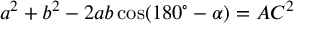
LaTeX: a ^ { 2 } + b ^ { 2 } - 2 a b \cos ( 1 8 0 ^ { \circ } - \alpha ) = A C ^ { 2 }